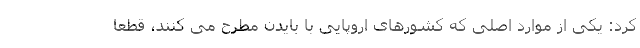
کرد: یکی از موارد اصلی که کشورهای اروپایی با بایدن مطرح می کنند، قطعا